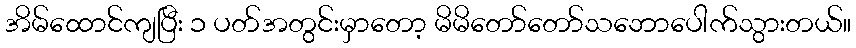
အိမ်ထောင်ကျပြီး ၁ ပတ်အတွင်းမှာတော့ မိမိတော်တော်သဘောပေါက်သွားတယ်။